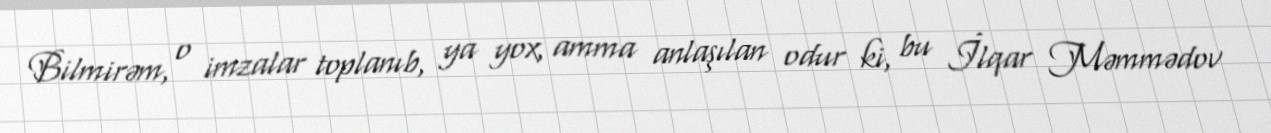
Bilmirəm, o imzalar toplanıb, ya yox, amma anlaşılan odur ki, bu İlqar Məmmədov